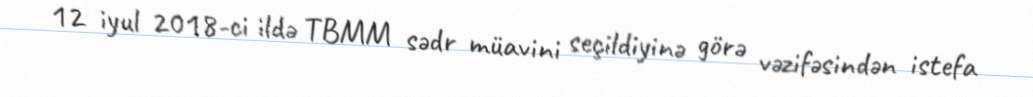
12 iyul 2018-ci ildə TBMM sədr müavini seçildiyinə görə vəzifəsindən istefa